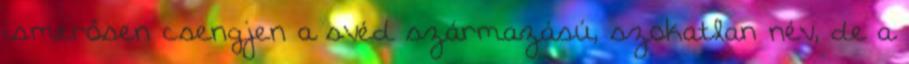
ismerősen csengjen a svéd származású, szokatlan név, de a